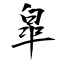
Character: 皐